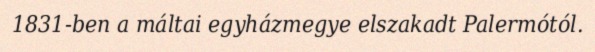
1831-ben a máltai egyházmegye elszakadt Palermótól.